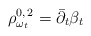
\begin{align*}\rho_{\omega_t} ^{0,\,2} =\bar\partial_t \beta_t\end{align*}